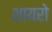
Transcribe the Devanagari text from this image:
शायरो